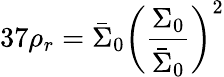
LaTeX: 37\rho_{r}=\bar{\Sigma}_{0}\left(\frac{\Sigma_{0}}{\bar{\Sigma}_{0}}\right)^{2}